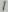
Text: 1